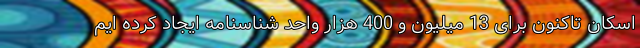
اسکان تاکنون برای 13 میلیون و 400 هزار واحد شناسنامه ایجاد کرده ایم